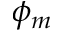
\phi _ { m }